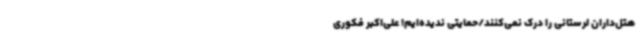
هتل‌داران لرستانی را درک نمی‌کنند/حمایتی ندیده‌ایم! علی‌اکبر فکوری